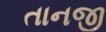
તાનજી